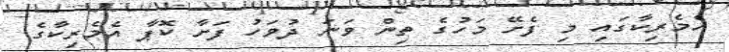
އެމެރިކާގައި މި ފެށޭ މަހުގެ ތިން ވަނަ ދުވަހު ފަށާ ކޮޕާ އެމެރިކާގެ